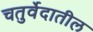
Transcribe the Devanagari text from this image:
चतुर्वेदातील